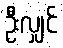
ဦးလျှင်